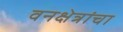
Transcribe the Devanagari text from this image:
वनक्षेत्रांचा